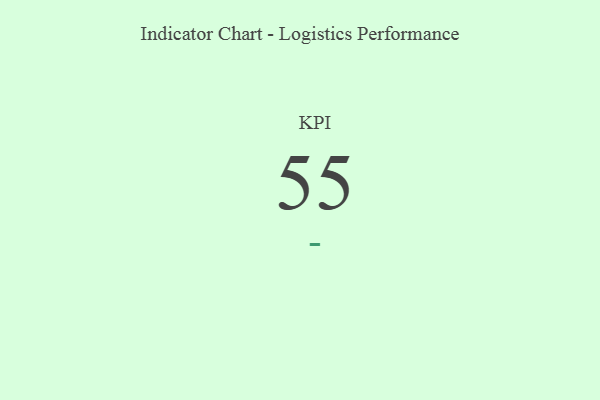
{"axis": {"x": "KPI", "y": "Value"}, "legend": [""], "data": [{"x": "KPI", "y": 55, "type": ""}]}